[Report on the health of British troops in the Madras command]
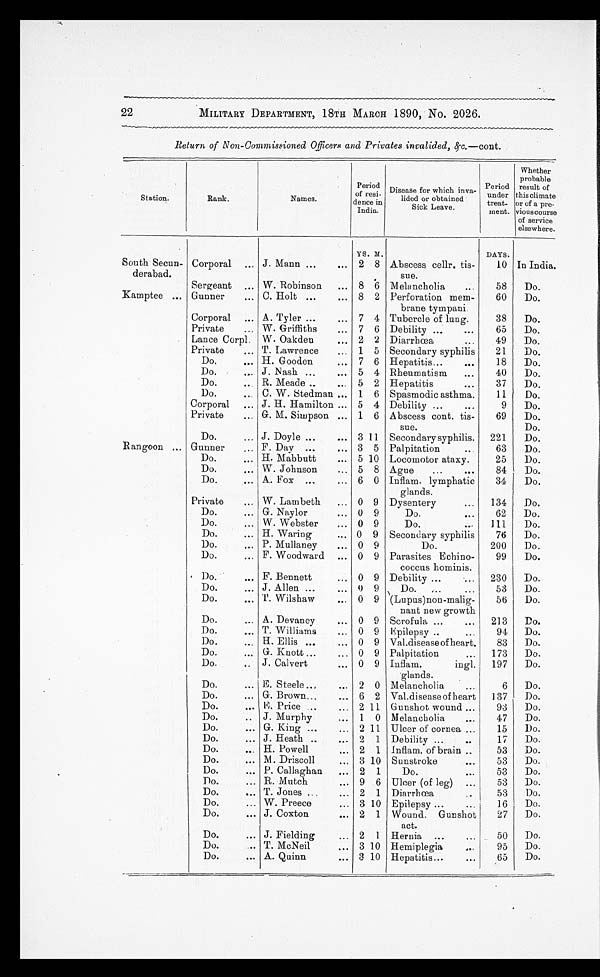
MILITARY DEPARTMENT, 18TH MARCH 1890, No. 2026.
Return of Non-Commissioned Officers and Privates invalided, &c.—cont.
Station.
Rank.
Names.
Period
of resi-
dence in
India.
Disease for which inva-
lided or obtained
Sick Leave.
Period
under
treat-
ment.
Whether
probable
result of
this climate
or of a pre-
vious course
of service
elsewhere.
YS. M.
DAYS.
South Secun-
derabad.
Corporal
J. Mann
2 8 Abscess cellr. tis-
sue.
10 In India.
Sergeant
W. Robinson
8 6 Melancholia
5 8 Do.
Kamptee
Gunner
C. Holt
8 2 Perforation mem-
brane tympani.
60
Do.
Corporal
A. Tyler
7 4 Tubercle of lung.
38
Do.
Private
W. Griffiths
7 6 Debility
65
Do.
Lance Corpl. W. Oakden
2 2
Di a r r h œa
4 9 Do.
Private
T. Lawrence
1 5 Secondary syphilis
21
Do.
Do.
H. Gooden
7 6 Hepatitis
18
Do.
Do.
J. Nash
5 4 Rheumatism
40
Do.
Do.
R. Meade
5 2 Hepatitis
37
Do.
Do.
C. W. Stedman
1 6 Spasmodic asthma.
11
Do.
Corporal
J. H. Hamilton
5 4 Debility
9
Do.
Private
G. M. Simpson
1 6 Abscess cont. tis-
sue.
69
Do.
D o .
Do.
J. Doyle
3 11 Secondary syphilis.
221
Do.
Rangoon
Gunner
F. Day
3 5 Palpitation
63
Do.
Do.
H. Mabbutt
5 10 Locomotor ataxy.
25
Do.
Do.
W. Johnson
5 8 Ague
84
Do.
Do.
A. Fox
6 0 Inflam. lymphatic
glands.
34
Do.
Private
W. Lambeth
0 9 Dysentery
134
Do.
Do.
G. Naylor
0 9
Do.
62
Do.
Do.
W. Webster
0 9
Do.
111
Do.
Do.
H. Waring
0 9 Secondary syphilis
76
Do.
Do.
P. Mullaney
0 9
Do.
200
Do.
Do.
F. Woodward
0 9 Parasites Echino-
coccus hominis.
99
Do.
Do.
F. Bennett
0 9 Debility
230
Do.
Do.
J. Allen
0 9
Do.
53
Do.
Do.
T. Wilshaw
0 9 (Lupus)non-malig-
nant new growth
56
Do.
Do.
A. Devaney
0 9 Scrofula
213
Do.
Do.
T. Williams
0 9 Epilepsy
94
Do.
Do.
H. Ellis
0 9 Val.disease of heart.
83
Do.
Do.
G. Knott
0 9 Palpitation
173
Do.
Do.
J. Calvert
0 9 Inflam.
ingl.
glands.
197
Do.
Do.
E. Steele
2 0 Melancholia
6
Do.
Do.
G. Brown
6 2 Val.disease of heart
137
Do.
Do.
E. Price
2 11 Gunshot wound
93
Do.
Do.
J. Murphy
1 0 Melancholia
47
Do.
Do.
G. King
2 11 Ulcer of cornea
15
Do.
Do.
J. Heath
2 1 Debility
17
Do.
Do.
H. Powell
2 1. Inflam. of brain
53
Do.
Do.
M. Driscoll
3 10 Sunstroke
53
Do.
Do.
P. Callaghan
2 1
Do.
53
Do.
Do.
R. Mutch
9 6 Ulcer (of leg)
53
Do.
Do.
T. Jones
2 1 Diarrhœa
5 3 Do.
Do.
W. Preece
3 10 Epilepsy
16
Do.
Do.
J. Coxton
2 1 Wound. Gunshot
act.
27
Do.
Do.
J. Fielding
2 1 Hernia
50
Do.
Do.
T. McNeil
3 10 Hemiplegia
95
Do.
Do.
A. Quinn
8 10 Hepatitis
65
Do.
22